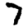
Digit: 7